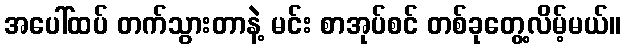
အပေါ်ထပ် တက်သွားတာနဲ့ မင်း စာအုပ်စင် တစ်ခုတွေ့လိမ့်မယ်။